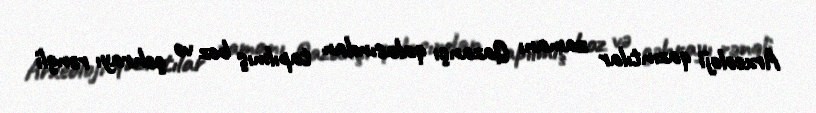
Arxeoloji qazıntılar zamanı Qazançı qalasından tapılmış boz və çəhrayı rəngli